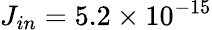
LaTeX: J_{in}=5.2\times 10^{-15}